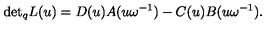
{ \det } _ { q } L ( u ) = D ( u ) A ( u \omega ^ { - 1 } ) - C ( u ) B ( u \omega ^ { - 1 } ) .